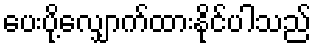
ပေးပို့လျှောက်ထားနိုင်ပါသည်